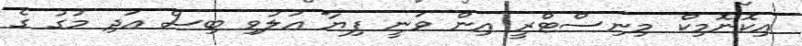
އިކޮނޮމިކް މިނިސްޓްރީ އިން ވަނީ ފިޔާ އަލުވި ބިސް އަދި މުގު ގެ